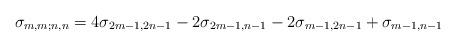
LaTeX: \begin{align*} \sigma_{m,m;n,n}=4\sigma_{2m-1,2n-1}-2\sigma_{2m-1,n-1}-2\sigma_{m-1,2n-1}+\sigma_{m-1,n-1}\end{align*}